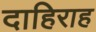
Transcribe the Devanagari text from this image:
दाहिराह